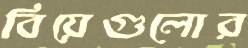
বিয়েগুলোর